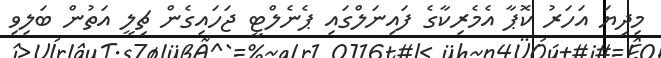
މިދިޔަ އަހަރު ކޮޕާ އެމެރިކާގެ ފައިނަލްގައި ޕެނެލްޓީ ޖަހައިގެން ޗިލީ އަތުން ބަލިވި